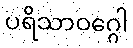
ပရိသာဝဂ္ဂေါ